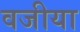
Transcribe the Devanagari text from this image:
वजीया